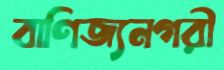
বাণিজ্যনগরী